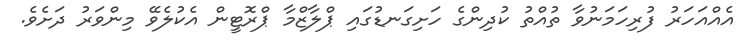
އެއްއަހަރު ފުރިހަމަނުވާ ތުއްތު ކުދިންގެ ހަށިގަނޑުގައި ޕްލާޒްމާ ޕްރޮޓީން އެކުލެވޭ މިންވަރު ދަށެވެ.